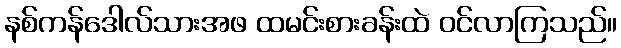
နစ်ကန်ဒေါလ်သားအဖ ထမင်းစားခန်းထဲ ဝင်လာကြသည်။